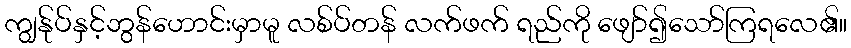
ကျွန်ုပ်နှင့်ဘွန်ဟောင်းမှာမူ လစ်ပ်တန် လက်ဖက် ရည်ကို ဖျော်၍သော်ကြရလေ၏။